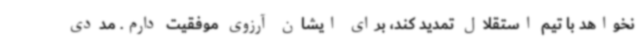
نخواهد با تیم استقلال تمدید کند، برای ایشان آرزوی موفقیت دارم. مددی